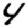
Digit: 4